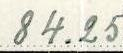
84.25